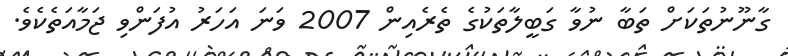
ގާނޫނުތަކަށް ތަބާ ނުވާ ގަބީލާތަކުގެ ތެރެއިން 2007 ވަނަ އަހަރު އުފަންވި ޖަމާއަތެކެވެ.